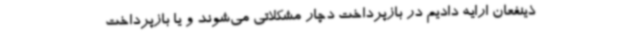
ذینفعان ارایه دادیم در بازپرداخت دچار مشکلاتی می‌شوند و یا بازپرداخت